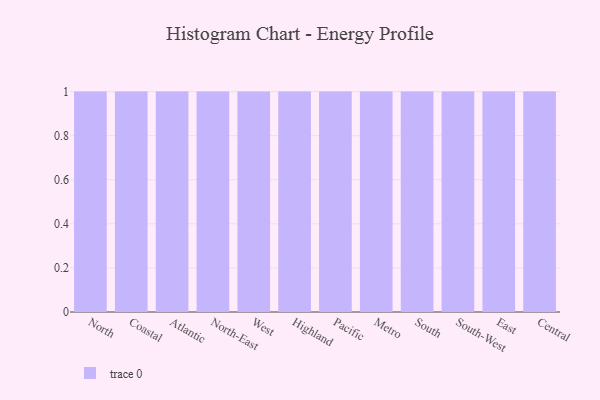
{"axis": {"x": "Region", "y": "Website Visitors"}, "legend": [""], "data": [{"x": "North", "y": 11, "type": ""}, {"x": "Coastal", "y": 30, "type": ""}, {"x": "Atlantic", "y": 90, "type": ""}, {"x": "North-East", "y": 19, "type": ""}, {"x": "West", "y": 55, "type": ""}, {"x": "Highland", "y": 63, "type": ""}, {"x": "Pacific", "y": 93, "type": ""}, {"x": "Metro", "y": 62, "type": ""}, {"x": "South", "y": 84, "type": ""}, {"x": "South-West", "y": 6, "type": ""}, {"x": "East", "y": 31, "type": ""}, {"x": "Central", "y": 76, "type": ""}]}